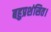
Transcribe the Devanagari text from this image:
बहुप्रशंसित।